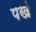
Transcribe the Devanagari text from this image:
पखं